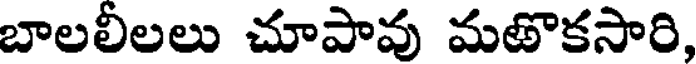
బాలలీలలు చూపావు మతొకసారి,